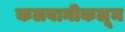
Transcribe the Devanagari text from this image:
कलवानीकलूम